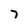
Character: T